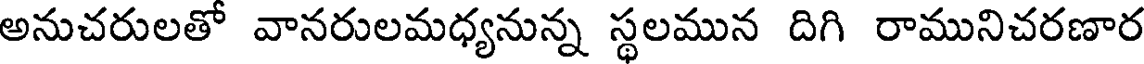
అనుచరులతో వానరులమధ్యనున్న స్థలమున దిగి రామునిచరణార